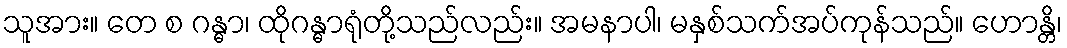
သူအား။ တေ စ ဂန္ဓာ၊ ထိုဂန္ဓာရုံတို့သည်လည်း။ အမနာပါ၊ မနှစ်သက်အပ်ကုန်သည်။ ဟောန္တိ၊